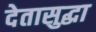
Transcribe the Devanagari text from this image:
देतासुद्धा